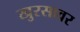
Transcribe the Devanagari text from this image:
खुरसावर